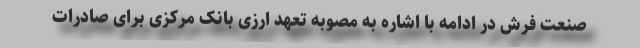
صنعت فرش در ادامه با اشاره به مصوبه تعهد ارزی بانک مرکزی برای صادرات